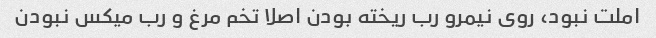
املت نبود، روی نیمرو رب ریخته بودن اصلا تخم مرغ و رب میکس نبودن